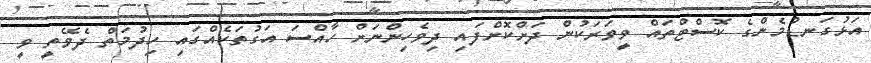
އަޅުގަނޑުމެންގެ ކޮސްޓްތައް ވީވަރަކުން ދަށްކޮށްފައި ދިވެހިންނަށް ހާއްސަ އަގުތަކެއްގައި ހިދުމަތް ދެވޭތީ ވީ